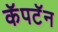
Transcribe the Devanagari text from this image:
कॅपटॅन